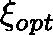
\mathbf { \xi } _ { o p t }